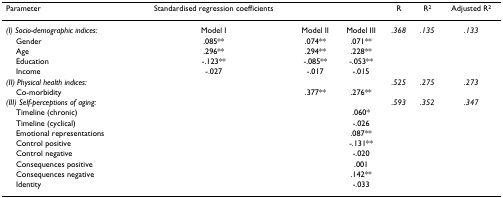
<table><thead><tr><td><b>Parameter</b></td><td><b>Standardised regression coefficients</b></td><td></td><td></td><td><b>R</b></td><td><b>R<sup>2</sup></b></td><td><b>Adjusted R<sup>2</sup></b></td></tr></thead><tbody><tr><td><i>(I) Socio-demographic indices:</i></td><td>Model I</td><td>Model II</td><td>Model III</td><td><i>.368</i></td><td><i>.135</i></td><td><i>.133</i></td></tr><tr><td> Gender</td><td>.085**</td><td>.074**</td><td>.071**</td><td></td><td></td><td></td></tr><tr><td> Age</td><td>.296**</td><td>.294**</td><td>.228**</td><td></td><td></td><td></td></tr><tr><td> Education</td><td>-.123**</td><td>-.085**</td><td>-.053**</td><td></td><td></td><td></td></tr><tr><td> Income</td><td>-.027</td><td>-.017</td><td>-.015</td><td></td><td></td><td></td></tr><tr><td><i>(II) Physical health indices:</i></td><td></td><td></td><td></td><td><i>.525</i></td><td><i>.275</i></td><td><i>.273</i></td></tr><tr><td> Co-morbidity</td><td></td><td>.377**</td><td>.276**</td><td></td><td></td><td></td></tr><tr><td><i>(III) Self-perceptions of aging:</i></td><td></td><td></td><td></td><td><i>.593</i></td><td><i>.352</i></td><td><i>.347</i></td></tr><tr><td> Timeline (chronic)</td><td></td><td></td><td>.060*</td><td></td><td></td><td></td></tr><tr><td> Timeline (cyclical)</td><td></td><td></td><td>-.026</td><td></td><td></td><td></td></tr><tr><td> Emotional representations</td><td></td><td></td><td>.087**</td><td></td><td></td><td></td></tr><tr><td> Control positive</td><td></td><td></td><td>-.131**</td><td></td><td></td><td></td></tr><tr><td> Control negative</td><td></td><td></td><td>-.020</td><td></td><td></td><td></td></tr><tr><td> Consequences positive</td><td></td><td></td><td>.001</td><td></td><td></td><td></td></tr><tr><td> Consequences negative</td><td></td><td></td><td>.142**</td><td></td><td></td><td></td></tr><tr><td> Identity</td><td></td><td></td><td>-.033</td><td></td><td></td><td></td></tr></tbody></table>